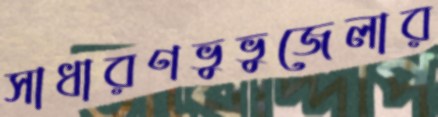
সাধারণভুভুজেলার